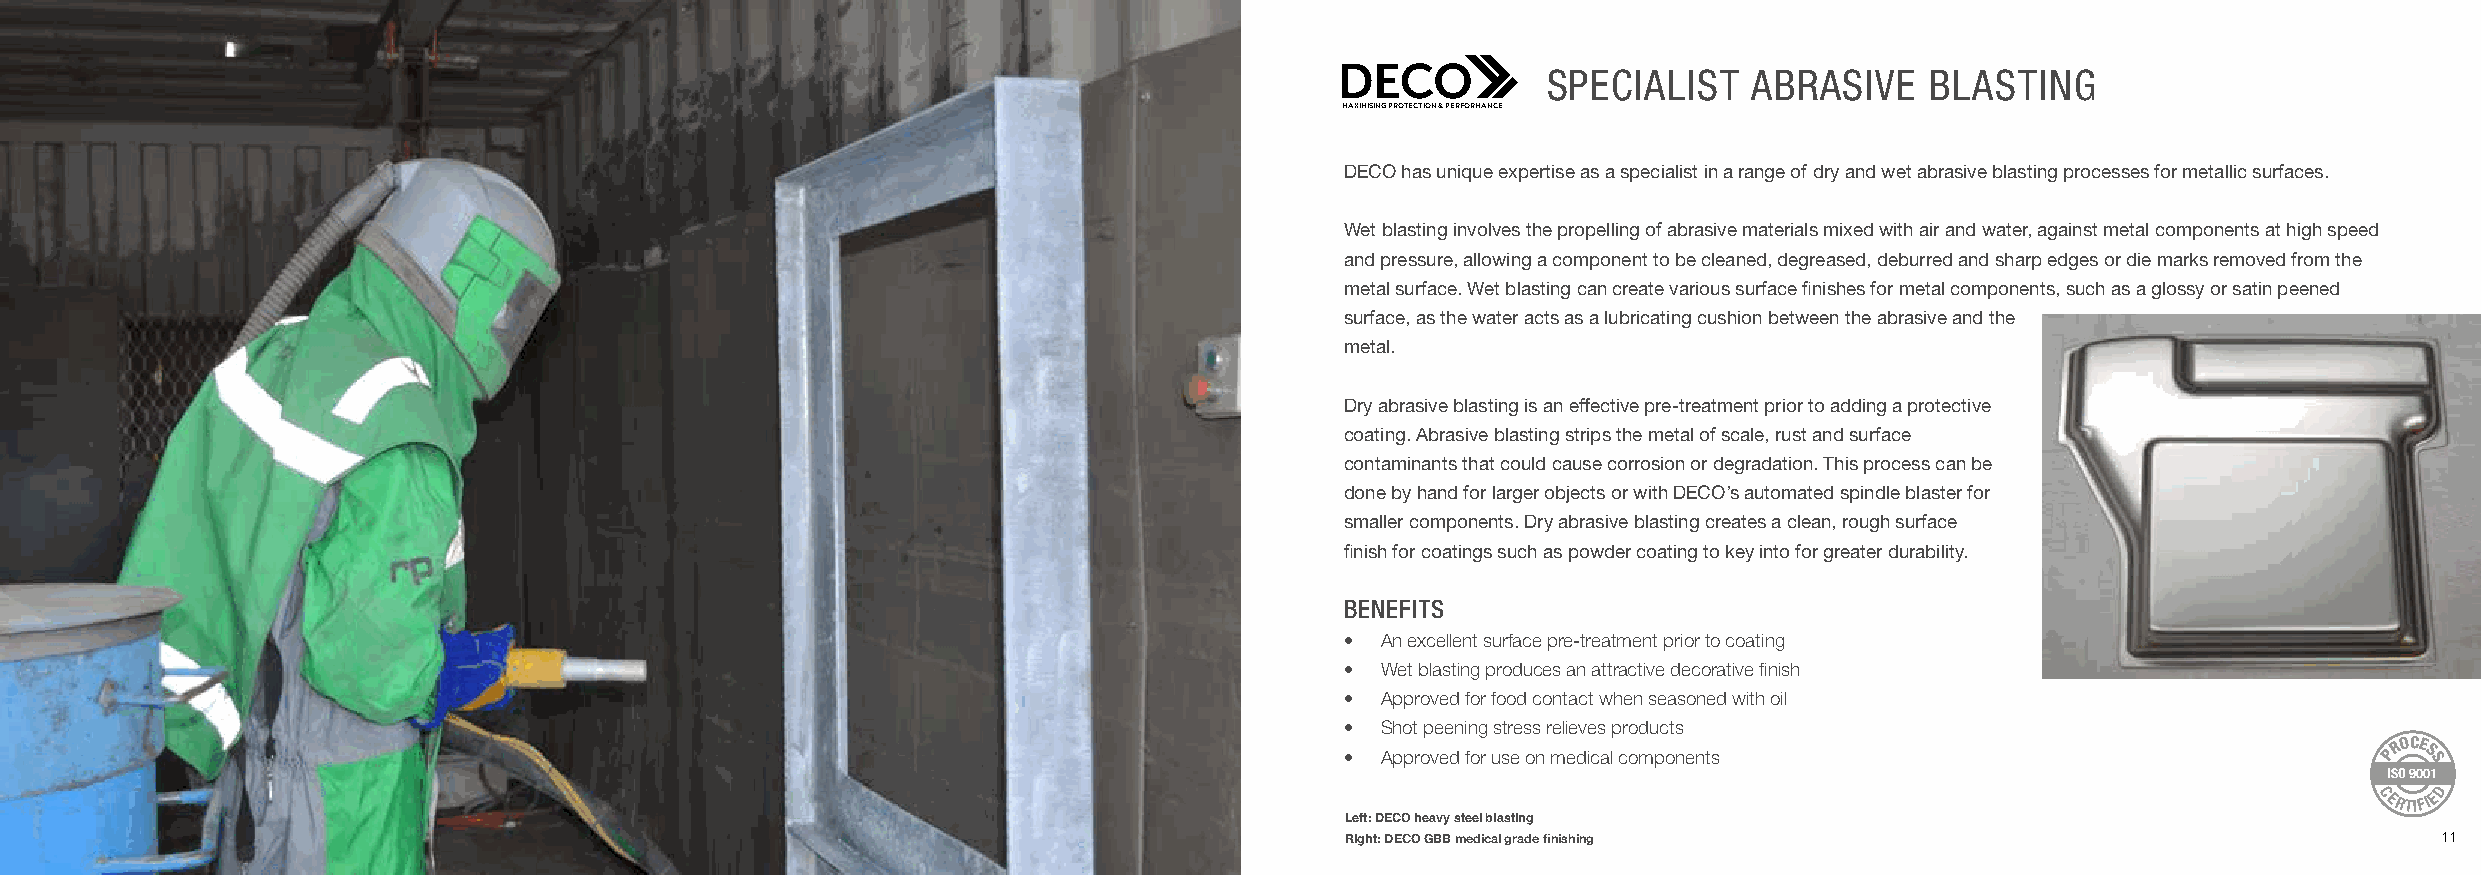
SPECIALIST    ABRASIVE    BLASTING
 MAXIMISING PROTECTION & PERFORMANCE
 DECO has unique expertise as a specialist in a range of dry and wet abrasive blasting processes for metallic surfaces.
 Wet blasting involves the propelling of abrasive materials mixed with air and water, against metal components at high speed
 and pressure, allowing a component to be cleaned, degreased, deburred and sharp edges or die marks removed from the
 metal surface. Wet blasting can create various surface finishes for metal components, such as a glossy or satin peened
 surface, as the water acts as a lubricating cushion between the abrasive and the
 metal.
 Dry abrasive blasting is an effective pre-treatment prior to adding a protective
 coating. Abrasive blasting strips the metal of scale, rust and surface
 contaminants that could cause corrosion or degradation. This process can be
 done by hand for larger objects or with DECO’s automated spindle blaster for
 smaller components. Dry abrasive blasting creates a clean, rough surface
 finish for coatings such as powder coating to key into for greater durability.
 BENEFITS
 • An excellent surface pre-treatment prior to coating
 • Wet blasting produces an attractive decorative finish
 • Approved for food contact when seasoned with oil
 • Shot peening stress relieves products
 ROCE
 • Approved for use on medical components                             P S
 S
 ISO 9001
 D
 CERTIFIE
 Left: DECO heavy steel blasting
 10                                                                                     Right: DECO GBB medical grade finishing                                  11